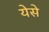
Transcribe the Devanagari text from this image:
येसे